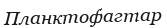
Планктофагтар